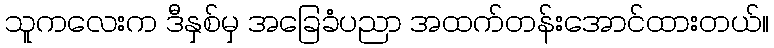
သူကလေးက ဒီနှစ်မှ အခြေခံပညာ အထက်တန်းအောင်ထားတယ်။